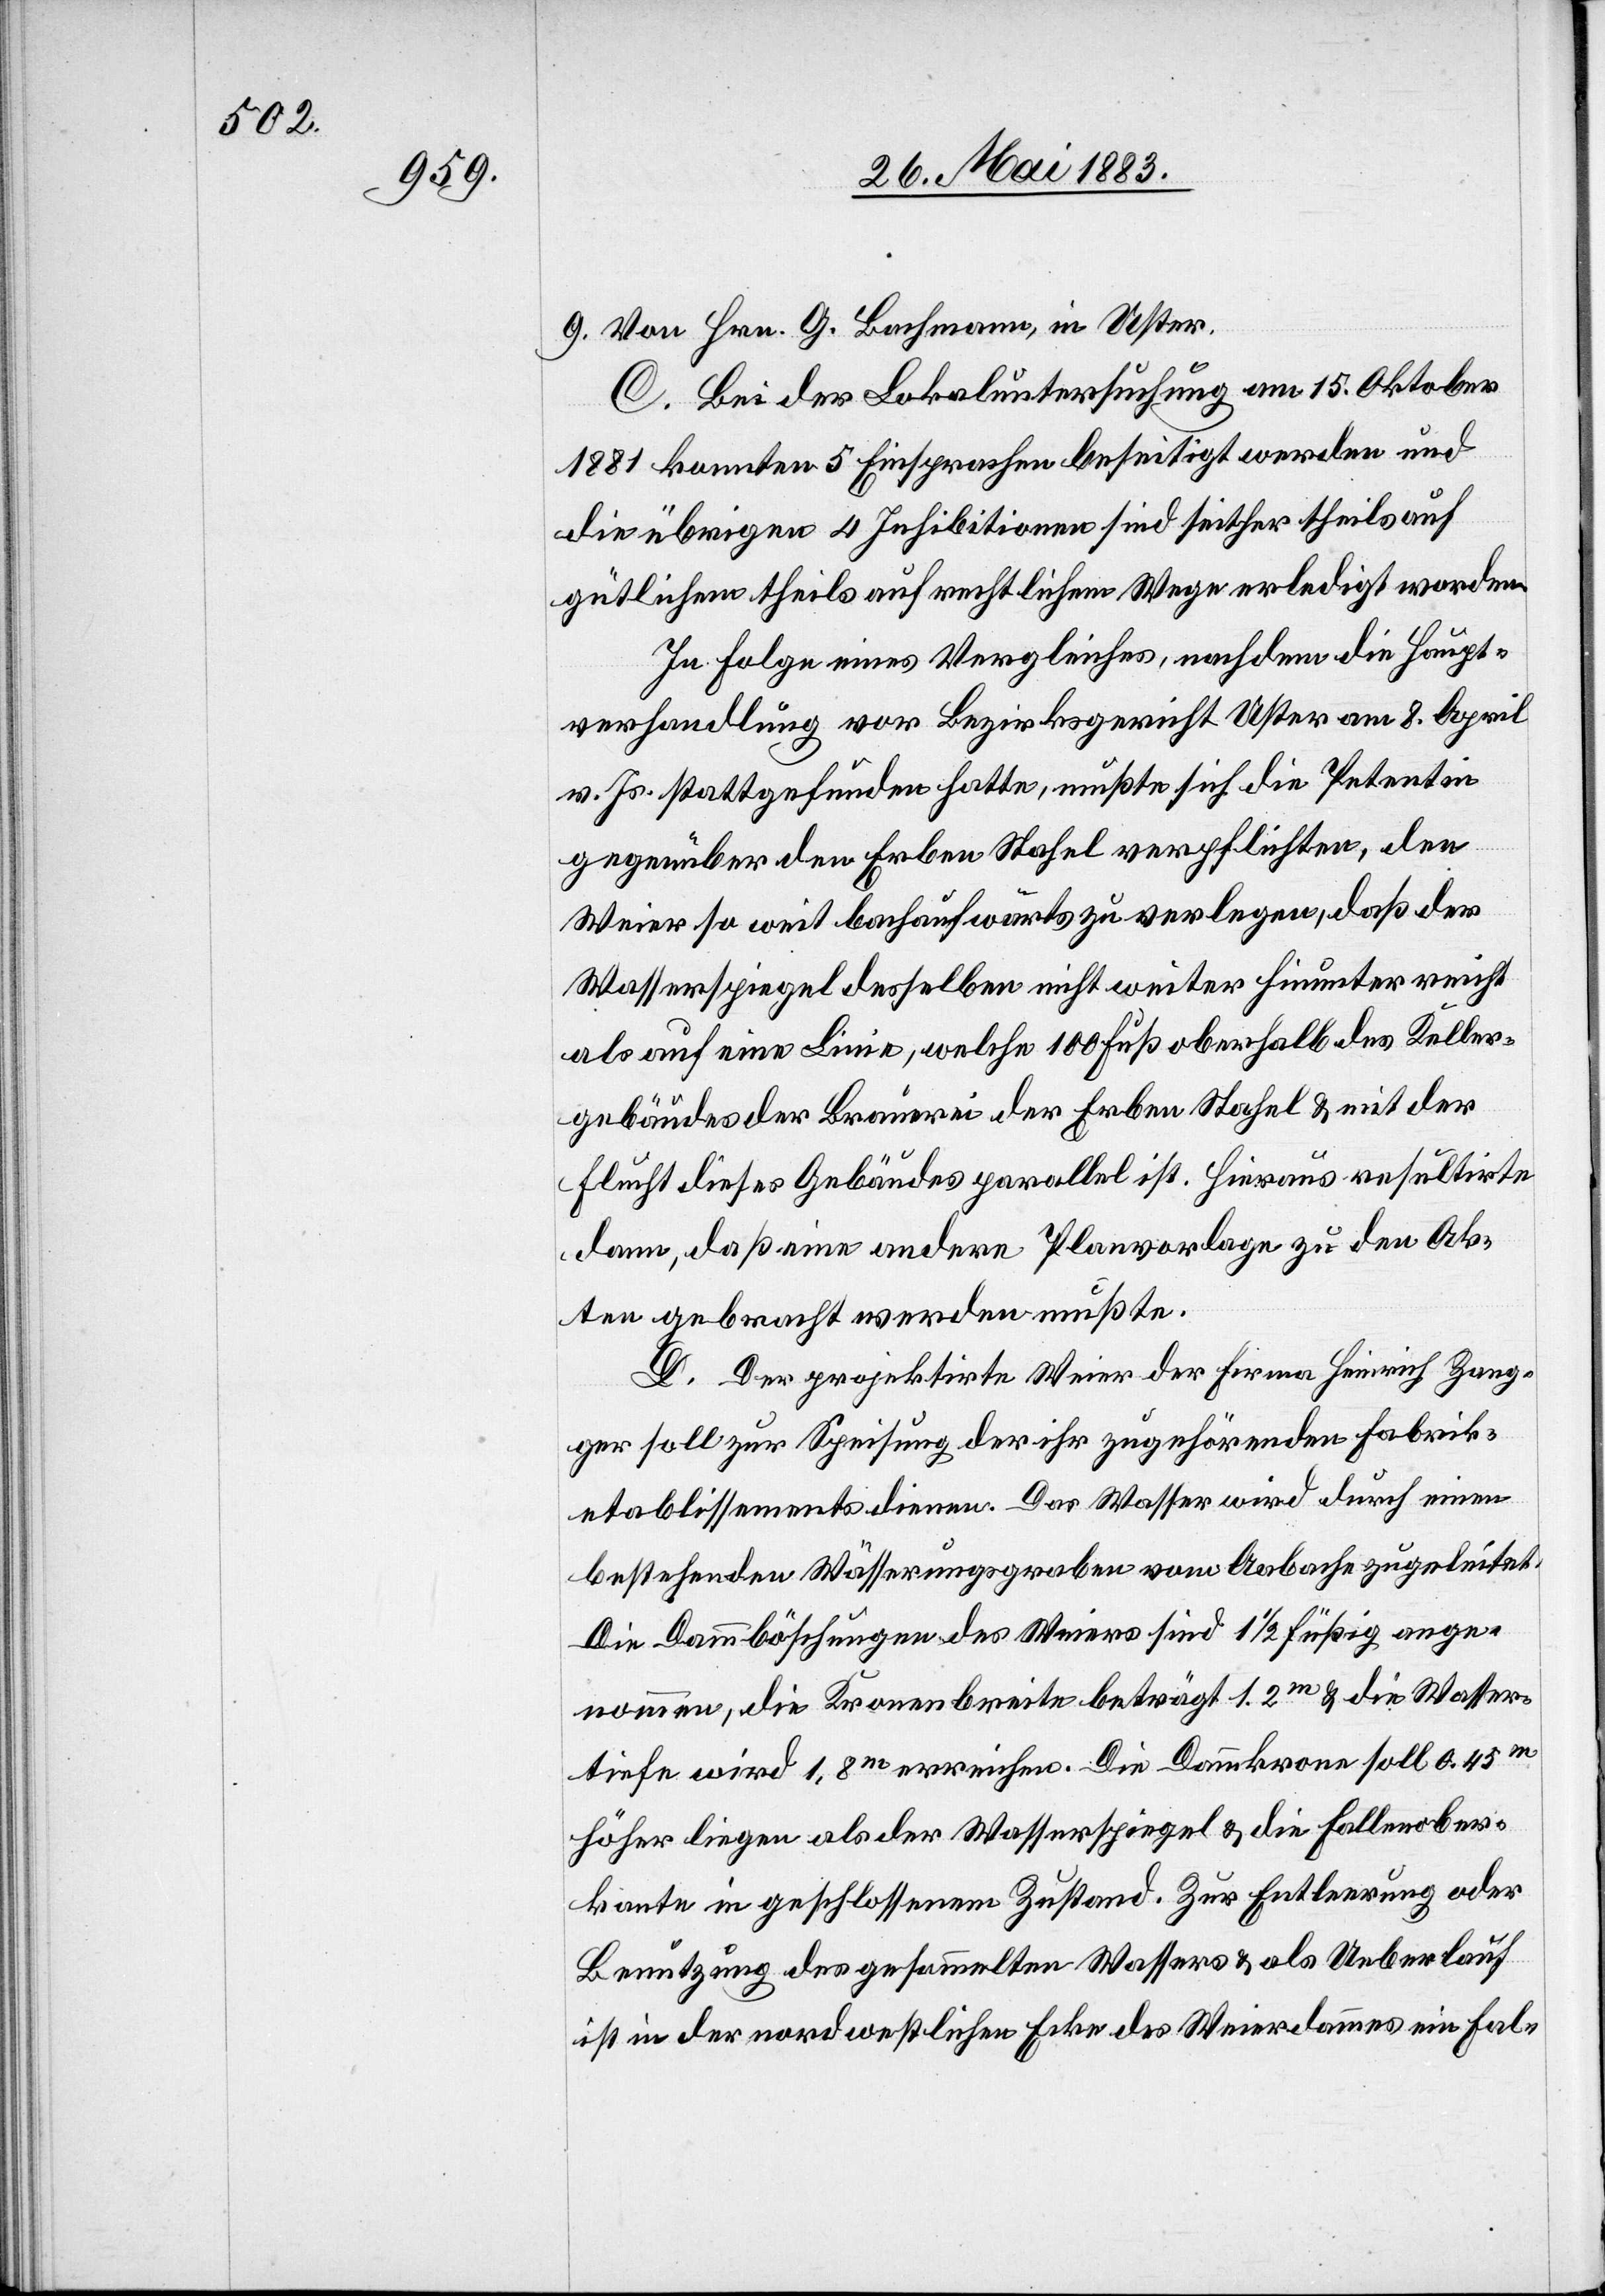
9. Von Hrn. G. Bachmann, in Uster.
C. Bei der Lokaluntersuchung am 15. Oktober
1881 konnten 5 Einsprachen beseitigt werden und
die übrigen 4 Inhibitionen sind seither theils auf
gütlichem theils auf rechtlichem Wege erledigt worden.
In Folge eines Vergleiches, nachdem die Haupt¬
verhandlung vor Bezirksgericht Uster am 8. April
v. Js. stattgefunden hatte, mußte sich die Petentin
gegenüber den Erben Stahel verpflichten, den
Weier so weit bachaufwärts zu verlegen, daß der
Wasserspiegel desselben nicht weiter hinunter reicht
als auf eine Linie, welche 100 Fuß oberhalb des Keller¬
gebäudes der Brauerei der Erben Stahel & mit der
Flucht dieses Gebäudes parallel ist. Hieraus resultirte
dann, daß eine andere Planvorlage zu den Ak¬
ten gebracht werden mußte.
D. Der projektirte Weier der Firma Heinrich Zang¬
ger soll zur Speisung der ihr zugehörenden Fabrik¬
etablissements dienen. Das Wasser wird durch einen
bestehenden Wässerungsgraben vom Aabach zugeleitet.
Die Dammböschungen des Weiers sind 1 1/2 füßig ange¬
nommen, die Kronenbreite beträgt 1.2m & die Wasser¬
tiefe wird 1,8m erreichen. Die Dammkrone soll 0,45m
höher liegen als der Wasserspiegel & die Fallenober¬
kante in geschlossener Zustand. Zur Entleerung oder
Benutzung des gesammelten Wassers & als Ueberlauf
ist in der nordwestlichen Ecke des Weierdammes ein Fal-